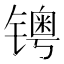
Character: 𰾺